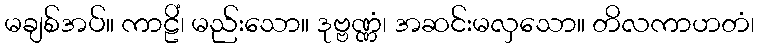
မချစ်အပ်။ ကာဠိံ၊ မည်းသော။ ဒုဗ္ဗဏ္ဏံ၊ အဆင်းမလှသော။ တိလကာဟတံ၊